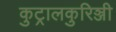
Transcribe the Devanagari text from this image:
कुट्रालकुरिञ्जी